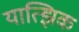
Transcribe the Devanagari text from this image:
यात्झिक